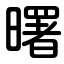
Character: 曙